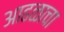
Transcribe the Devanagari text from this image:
आढळाचा